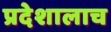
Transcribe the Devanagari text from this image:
प्रदेशालाच